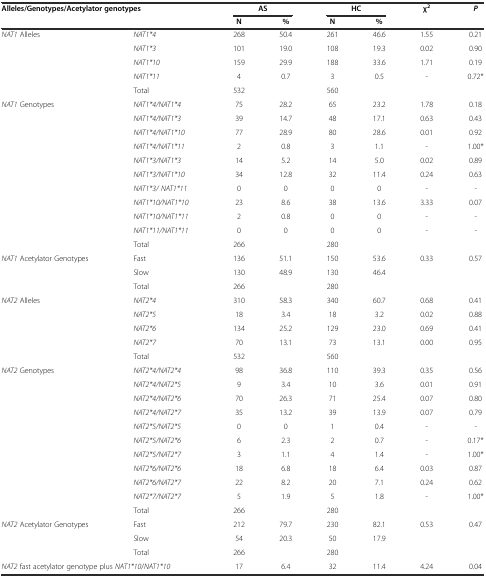
<table><thead><tr><td rowspan="2" colspan="2"><b>Alleles/Genotypes/Acetylator genotypes</b></td><td colspan="2"><b>AS</b></td><td colspan="2"><b>HC</b></td><td rowspan="2"><b>χ<sup>2</sup></b></td><td rowspan="2"><b><i>P</i></b></td></tr><tr><td><b>N</b></td><td><b>%</b></td><td><b>N</b></td><td><b>%</b></td></tr></thead><tbody><tr><td rowspan="4"><i>NAT1</i> Alleles</td><td><i>NAT1*4</i></td><td>268</td><td>50.4</td><td>261</td><td>46.6</td><td>1.55</td><td>0.21</td></tr><tr><td><i>NAT1*3</i></td><td>101</td><td>19.0</td><td>108</td><td>19.3</td><td>0.02</td><td>0.90</td></tr><tr><td><i>NAT1*10</i></td><td>159</td><td>29.9</td><td>188</td><td>33.6</td><td>1.71</td><td>0.19</td></tr><tr><td><i>NAT1*11</i></td><td>4</td><td>0.7</td><td>3</td><td>0.5</td><td>-</td><td>0.72*</td></tr><tr><td></td><td>Total</td><td>532</td><td></td><td>560</td><td></td><td></td><td></td></tr><tr><td rowspan="10"><i>NAT1</i> Genotypes</td><td><i>NAT1*4/NAT1*4</i></td><td>75</td><td>28.2</td><td>65</td><td>23.2</td><td>1.78</td><td>0.18</td></tr><tr><td><i>NAT1*4/NAT1*3</i></td><td>39</td><td>14.7</td><td>48</td><td>17.1</td><td>0.63</td><td>0.43</td></tr><tr><td><i>NAT1*4/NAT1*10</i></td><td>77</td><td>28.9</td><td>80</td><td>28.6</td><td>0.01</td><td>0.92</td></tr><tr><td><i>NAT1*4/NAT1*11</i></td><td>2</td><td>0.8</td><td>3</td><td>1.1</td><td>-</td><td>1.00*</td></tr><tr><td><i>NAT1*3/NAT1*3</i></td><td>14</td><td>5.2</td><td>14</td><td>5.0</td><td>0.02</td><td>0.89</td></tr><tr><td><i>NAT1*3/NAT1*10</i></td><td>34</td><td>12.8</td><td>32</td><td>11.4</td><td>0.24</td><td>0.63</td></tr><tr><td><i>NAT1*3/ NAT1*11</i></td><td>0</td><td>0</td><td>0</td><td>0</td><td>-</td><td>-</td></tr><tr><td><i>NAT1*10/NAT1*10</i></td><td>23</td><td>8.6</td><td>38</td><td>13.6</td><td>3.33</td><td>0.07</td></tr><tr><td><i>NAT1*10/NAT1*11</i></td><td>2</td><td>0.8</td><td>0</td><td>0</td><td>-</td><td>-</td></tr><tr><td><i>NAT1*11/NAT1*11</i></td><td>0</td><td>0</td><td>0</td><td>0</td><td>-</td><td>-</td></tr><tr><td></td><td>Total</td><td>266</td><td></td><td>280</td><td></td><td></td><td></td></tr><tr><td rowspan="2"><i>NAT1</i> Acetylator Genotypes</td><td>Fast</td><td>136</td><td>51.1</td><td>150</td><td>53.6</td><td rowspan="2">0.33</td><td rowspan="2">0.57</td></tr><tr><td>Slow</td><td>130</td><td>48.9</td><td>130</td><td>46.4</td></tr><tr><td></td><td>Total</td><td>266</td><td></td><td>280</td><td></td><td></td><td></td></tr><tr><td rowspan="4"><i>NAT2</i> Alleles</td><td><i>NAT2*4</i></td><td>310</td><td>58.3</td><td>340</td><td>60.7</td><td>0.68</td><td>0.41</td></tr><tr><td><i>NAT2*5</i></td><td>18</td><td>3.4</td><td>18</td><td>3.2</td><td>0.02</td><td>0.88</td></tr><tr><td><i>NAT2*6</i></td><td>134</td><td>25.2</td><td>129</td><td>23.0</td><td>0.69</td><td>0.41</td></tr><tr><td><i>NAT2*7</i></td><td>70</td><td>13.1</td><td>73</td><td>13.1</td><td>0.00</td><td>0.95</td></tr><tr><td></td><td>Total</td><td>532</td><td></td><td>560</td><td></td><td></td><td></td></tr><tr><td rowspan="10"><i>NAT2</i> Genotypes</td><td><i>NAT2*4/NAT2*4</i></td><td>98</td><td>36.8</td><td>110</td><td>39.3</td><td>0.35</td><td>0.56</td></tr><tr><td><i>NAT2*4/NAT2*5</i></td><td>9</td><td>3.4</td><td>10</td><td>3.6</td><td>0.01</td><td>0.91</td></tr><tr><td><i>NAT2*4/NAT2*6</i></td><td>70</td><td>26.3</td><td>71</td><td>25.4</td><td>0.07</td><td>0.80</td></tr><tr><td><i>NAT2*4/NAT2*7</i></td><td>35</td><td>13.2</td><td>39</td><td>13.9</td><td>0.07</td><td>0.79</td></tr><tr><td><i>NAT2*5/NAT2*5</i></td><td>0</td><td>0</td><td>1</td><td>0.4</td><td>-</td><td>-</td></tr><tr><td><i>NAT2*5/NAT2*6</i></td><td>6</td><td>2.3</td><td>2</td><td>0.7</td><td>-</td><td>0.17*</td></tr><tr><td><i>NAT2*5/NAT2*7</i></td><td>3</td><td>1.1</td><td>4</td><td>1.4</td><td>-</td><td>1.00*</td></tr><tr><td><i>NAT2*6/NAT2*6</i></td><td>18</td><td>6.8</td><td>18</td><td>6.4</td><td>0.03</td><td>0.87</td></tr><tr><td><i>NAT2*6/NAT2*7</i></td><td>22</td><td>8.2</td><td>20</td><td>7.1</td><td>0.24</td><td>0.62</td></tr><tr><td><i>NAT2*7/NAT2*7</i></td><td>5</td><td>1.9</td><td>5</td><td>1.8</td><td>-</td><td>1.00*</td></tr><tr><td></td><td>Total</td><td>266</td><td></td><td>280</td><td></td><td></td><td></td></tr><tr><td rowspan="2"><i>NAT2</i> Acetylator Genotypes</td><td>Fast</td><td>212</td><td>79.7</td><td>230</td><td>82.1</td><td rowspan="2">0.53</td><td rowspan="2">0.47</td></tr><tr><td>Slow</td><td>54</td><td>20.3</td><td>50</td><td>17.9</td></tr><tr><td></td><td>Total</td><td>266</td><td></td><td>280</td><td></td><td></td><td></td></tr><tr><td colspan="2"><i>NAT2</i> fast acetylator genotype plus <i>NAT1*10</i>/<i>NAT1*10</i></td><td>17</td><td>6.4</td><td>32</td><td>11.4</td><td>4.24</td><td>0.04</td></tr></tbody></table>